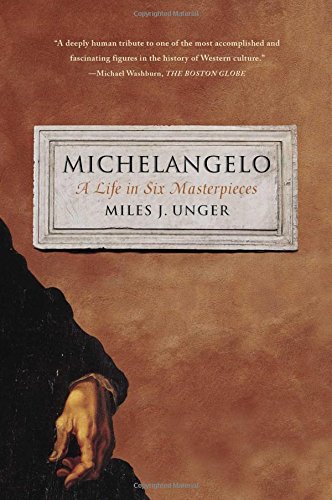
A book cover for Michelangelo: A Life in Six Masterpieces; Miles J. Unger; History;